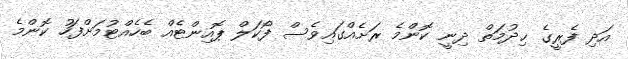
އަދި ފެރީގެ ޙިދުމަތް ދިނީ ކޮންމެ ރަށެއްގައިވެސް ފޯކަލް ޕޮއިންޓެއް ބެހެއްޓުމަށްފަހު ކޮންމެ